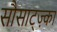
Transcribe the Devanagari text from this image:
सौसाट्ज़्का